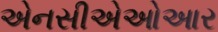
એનસીએઓઆર